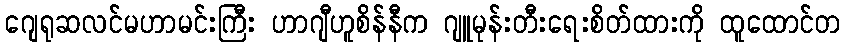
ဂျေရုဆလင်မဟာမင်းကြီး ဟာဂျီဟူစိန်နီက ဂျူမုန်းတီးရေးစိတ်ထားကို ထူထောင်တ